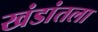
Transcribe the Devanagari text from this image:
खंडांतला